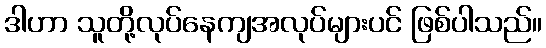
ဒါဟာ သူတို့လုပ်နေကျအလုပ်များပင် ဖြစ်ပါသည်။